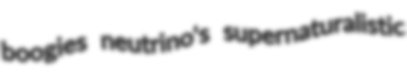
boogies neutrino's supernaturalistic